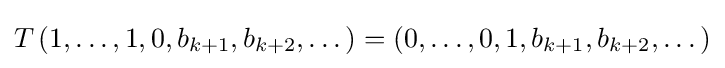
T\left(1,\dots ,1,0,b_{k+1},b_{k+2},\dots \right)=\left(0,\dots ,0,1,b_{k+1},b_{k+2},\dots \right)